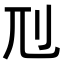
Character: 𠚯